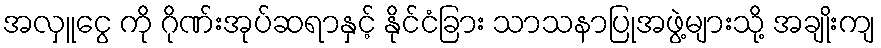
အလှူငွေ ကို ဂိုဏ်းအုပ်ဆရာနှင့် နိုင်ငံခြား သာသနာပြုအဖွဲ့များသို့ အချိုးကျ